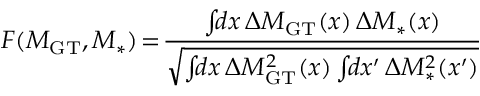
F ( M _ { \mathrm { G T } } , M _ { \mathrm { * } } ) \! = \! \frac { \int \! \! d x \, \Delta M _ { \mathrm { G T } } ( x ) \, \Delta M _ { \mathrm { * } } ( x ) } { \sqrt { \int \! \! d x \, \Delta M _ { \mathrm { G T } } ^ { 2 } ( x ) \int \! \! d x ^ { \prime } \, \Delta M _ { \mathrm { * } } ^ { 2 } ( x ^ { \prime } ) } }